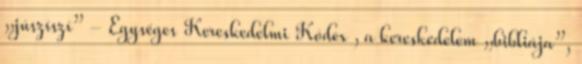
„júszíszí” - Egységes Kereskedelmi Kódex , a kereskedelem „bibliája”,